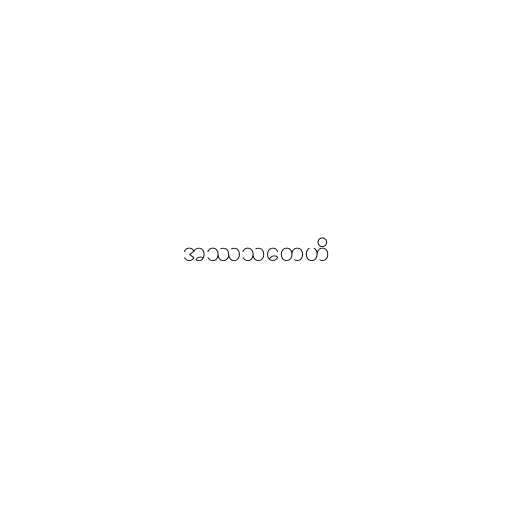
အဿသတေဟိ